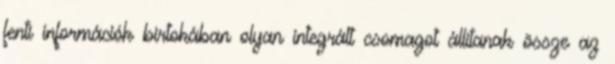
fenti információk birtokában olyan integrált csomagot állítanak össze az